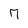
Character: 7